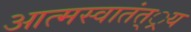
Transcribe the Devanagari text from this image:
आत्मस्वातंत््रय